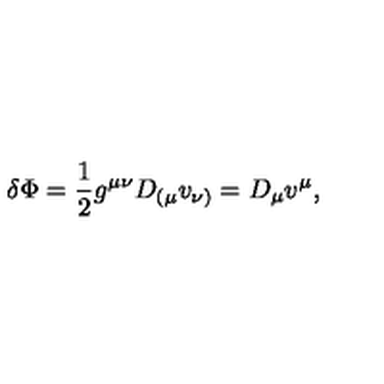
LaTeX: \delta \Phi = \frac { 1 } { 2 } g ^ { \mu \nu } D _ { ( \mu } v _ { \nu ) } = D _ { \mu } v ^ { \mu } ,